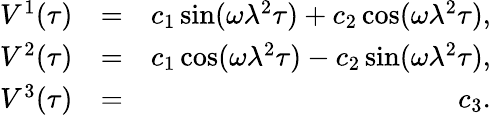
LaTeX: \begin{array}{rlr}{V^{1}(\tau)}&{=}&{c_{1}\sin(\omega\lambda^{2}\tau)+c_{2}\cos(\omega\lambda^{2}\tau),}\\ {V^{2}(\tau)}&{=}&{c_{1}\cos(\omega\lambda^{2}\tau)-c_{2}\sin(\omega\lambda^{2}\tau),}\\ {V^{3}(\tau)}&{=}&{c_{3}.}\end{array}